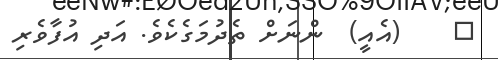
٢    (އެއީ)  ންނަށް ތެދުމަގެކެވެ. އަދި އުފާވެރި